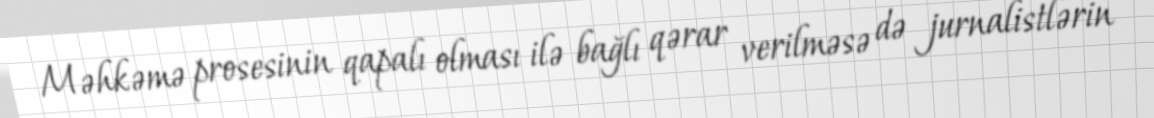
Məhkəmə prosesinin qapalı olması ilə bağlı qərar verilməsə də jurnalistlərin